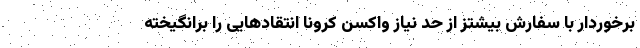
برخوردار با سفارش بیشتز از حد نیاز واکسن کرونا انتقادهایی را برانگیخته